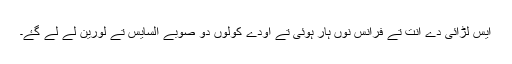
ایس لڑائی دے انت تے فرانس نوں ہار ہوئی تے اودے کولوں دو صوبے السایس تے لورین لے لے گۓ۔